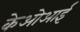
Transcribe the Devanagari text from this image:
केओआई